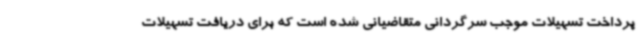
پرداخت تسهیلات موجب سرگردانی متقاضیانی شده است که برای دریافت تسهیلات